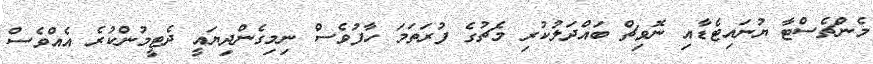
މެންޗެސްޓާ ޔުނައިޓެޑާއި ނޮވިޗް ބައްދަލުކުރި މެޗުގެ ފުރަތަމަ ހާފުވެސް ނިމިގެންދިޔައީ ދެޓީމުންކުރެ އެއްވެސް